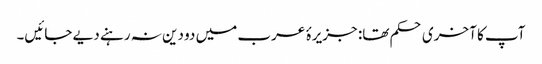
آپ کا آخری حکم تھا: جزیرۂ عرب میں دو دین نہ رہنے دیے جائیں۔